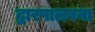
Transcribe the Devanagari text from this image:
द्वारपालबना